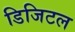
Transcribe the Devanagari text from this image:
डिजिटल